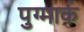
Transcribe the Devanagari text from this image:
पुग्मार्क